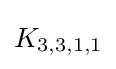
K_{3,3,1,1}